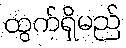
ထွက်ရှိမည်